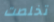
تخلصت